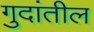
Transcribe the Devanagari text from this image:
गुदांतील